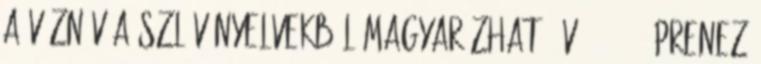
A víznév a szláv nyelvekből magyarázható, vő.: 1295: Prenez